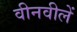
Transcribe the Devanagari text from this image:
वीनवीलें